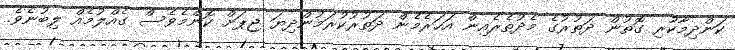
ކަންދިމާކުރި ގޮތުން ދަތުރުގެ މެދުތެރެއިން އަހަރެމެން ދަތުރުކުރަމުންދިޔަ ޖިޕަށް ކޮންމެވެސް ގެއްލުމެއް ލިބުނެވެ.